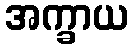
အက္ခာယ